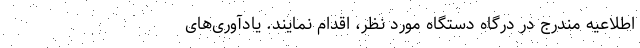
اطلاعیه مندرج در درگاه دستگاه مورد نظر، اقدام نمایند. یادآوری‌های